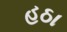
હઠા